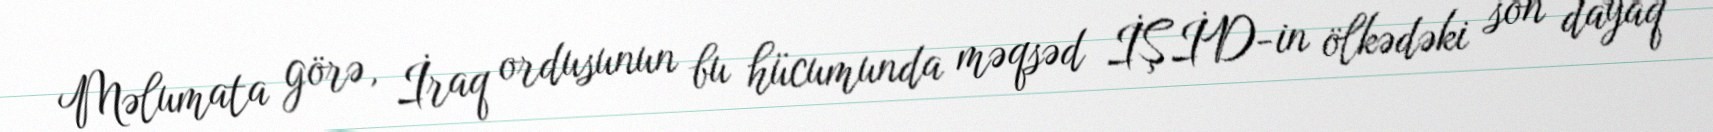
Məlumata görə, İraq ordusunun bu hücumunda məqsəd İŞİD-in ölkədəki son dayaq